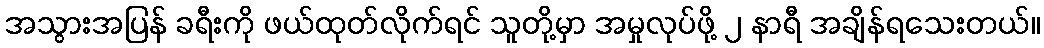
အသွားအပြန် ခရီးကို ဖယ်ထုတ်လိုက်ရင် သူတို့မှာ အမှုလုပ်ဖို့ ၂ နာရီ အချိန်ရသေးတယ်။